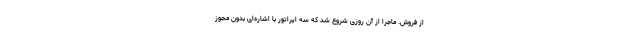
از فروش. ماجرا از آن روزی شروع شد که سه اپراتور با اشاره‌ای بدون مجوز